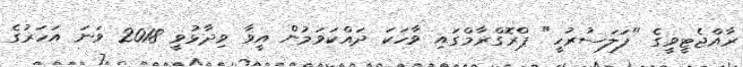
ރާއްޖެޓީވީގެ "ފަލަސުރުހީ" ޕްރޮގްރާމްގައި ވާހަކަ ދައްކަވަމުން އީވާ ވިދާޅުވީ 2018 ވަނަ އަހަރުގެ